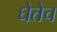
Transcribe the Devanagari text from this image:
घेतेच